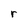
Character: r